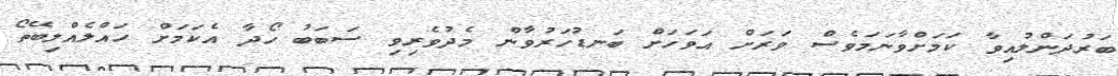
ބަރުދަންލުއިވާ ކަމަށްވާނަމަވެސް ވަރަށް އަވަހަށް ބަނޑުހަރުވާން މެދުވެރިވި ސަބަބު ހޯދާ އެކަމަށް ހައްލެއްލިބޭތޯ